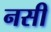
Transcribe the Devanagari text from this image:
नसी